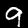
Digit: 9